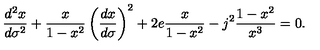
\frac { d ^ { 2 } x } { d \sigma ^ { 2 } } + \frac { x } { 1 - x ^ { 2 } } \left( \frac { d x } { d \sigma } \right) ^ { 2 } + 2 e \frac { x } { 1 - x ^ { 2 } } - j ^ { 2 } \frac { 1 - x ^ { 2 } } { x ^ { 3 } } = 0 .